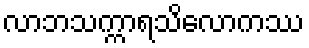
လာဘသက္ကာရသိလောကဿ